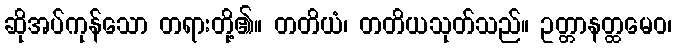
ဆိုအပ်ကုန်သော တရားတို့၏။ တတိယံ၊ တတိယသုတ်သည်။ ဥတ္တာနတ္ထမေဝ၊